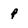
Character: p